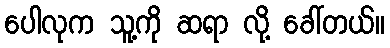
ပေါလုက သူ့ကို ဆရာ လို့ ခေါ်တယ်။